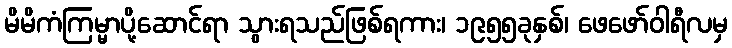
မိမိကံကြမ္မာပို့ဆောင်ရာ သွားရသည်ဖြစ်ရကား၊ ၁၉၅၅ခုနှစ်၊ ဖေဖော်ဝါရီလမှ